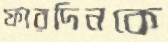
ফারদিনকে